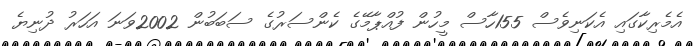
އެމެރިކާގައި އެކަނިވެސް 155ހާސް މީހުން ފުއްޕާމޭގެ ކެންސަރުގެ ސަބަބުން 2002ވަނަ އަހަރު ދުނިޔެ